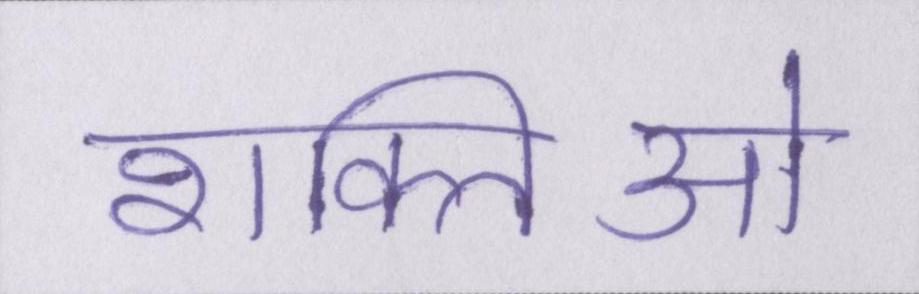
शक्तिओ